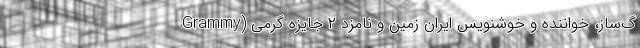
گ‌ساز، خواننده و خوشنویس ایران زمین و نامزد ۲ جایزه گِرمی (Grammy